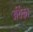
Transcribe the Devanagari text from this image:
उर्थिका